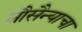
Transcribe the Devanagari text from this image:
नौसैन्याचा